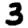
Digit: 3